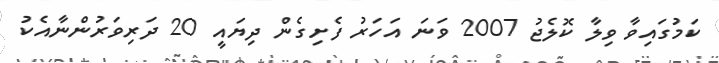
ކަމުގައިވާ ވިލާ ކޮލެޖު 2007 ވަނަ އަހަރު ފެށިގެން ދިޔައީ 20 ދަރިވަރުންނާއެކު